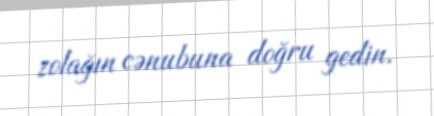
zolağın cənubuna doğru gedin.